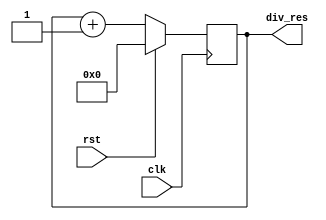
// 
module clk_div(
    input               clk,
    input               rst, // Active-high
    output reg [31:0]   div_res
);

    always @(posedge clk) begin     // When postive edge of `clk` comes
        if(rst == 1'b1) begin
            div_res <= 32'b0;
        end else begin
            div_res <= div_res + 32'b1;  // Increase `div_res` by 1
        end
    end

endmodule